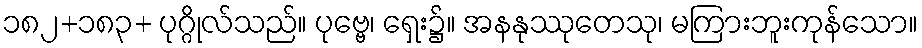
၁၈၂+၁၈၃+ ပုဂ္ဂိုလ်သည်။ ပုဗ္ဗေ၊ ရှေး၌။ အနနုဿုတေသု၊ မကြားဘူးကုန်သော။